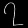
Digit: ၇